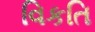
વિકતિ